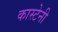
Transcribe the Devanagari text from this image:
कास्टेनी